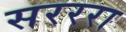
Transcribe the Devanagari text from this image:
सरररा